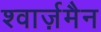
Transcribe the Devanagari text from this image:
श्वार्ज़मैन